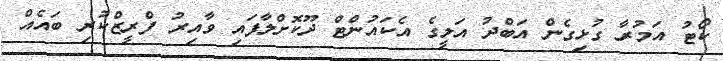
ކޯޓު އަމުރާ ގުޅިގެން އަބްދު އަލީގެ އެކައުންޓް ދޫކޮށްލާފައި ވާއިރު ފްރީޒްކުރި ބައެއް